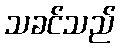
သခင်သည်